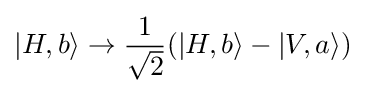
|H,b\rangle \rightarrow {\frac {1}{\sqrt {2}}}(|H,b\rangle -|V,a\rangle )